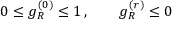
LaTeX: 0 \leq g _ { R } ^ { ( 0 ) } \leq 1 \, , \qquad g _ { R } ^ { ( r ) } \leq 0